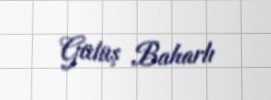
Gülüş Baharlı